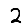
Digit: 2